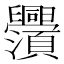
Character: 𬜃